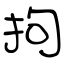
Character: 拘